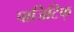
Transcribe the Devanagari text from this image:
पाजिटिफ्